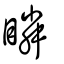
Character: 瞵